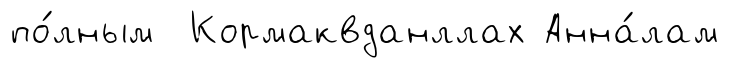
по́лным Кормаквданллах Анна́лам